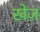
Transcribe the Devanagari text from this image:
खेज़